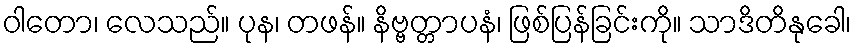
ဝါတော၊ လေသည်။ ပုန၊ တဖန်။ နိဗ္ဗတ္တာပနံ၊ ဖြစ်ပြန်ခြင်းကို။ သာဒိတိနုခေါ၊